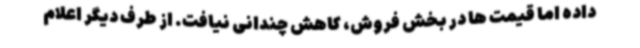
داده اما قیمت ها در بخش فروش، کاهش چندانی نیافت. از طرف دیگر اعلام